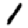
Digit: 1